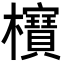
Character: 𣠦